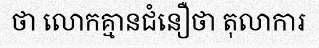
ថា លោកគ្មានជំនឿថា តុលាការ